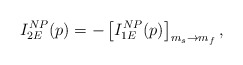
\begin{align*}I_{2E}^{NP}(p)=-\left[ I_{1E}^{NP}(p)\right] _{m_{s}\rightarrow m_{f}},\end{align*}